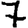
Digit: 7